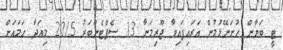
ޓީ ބަޔާން ހުށަނޭޅުމުން އަރައިފައިވާ ޖޫރިމަނާ 13 ސެޕްޓެންބަރު 2015 މިއަދާ ހަމައަށް